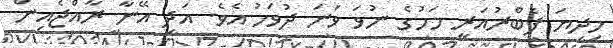
މިދިޔަ ފެބްރުއަރީ މަހުގެ ނުވަ ވަނަ ދުވަހު އެވެ. އަދި އޭނާ ރާއްޖެއިން